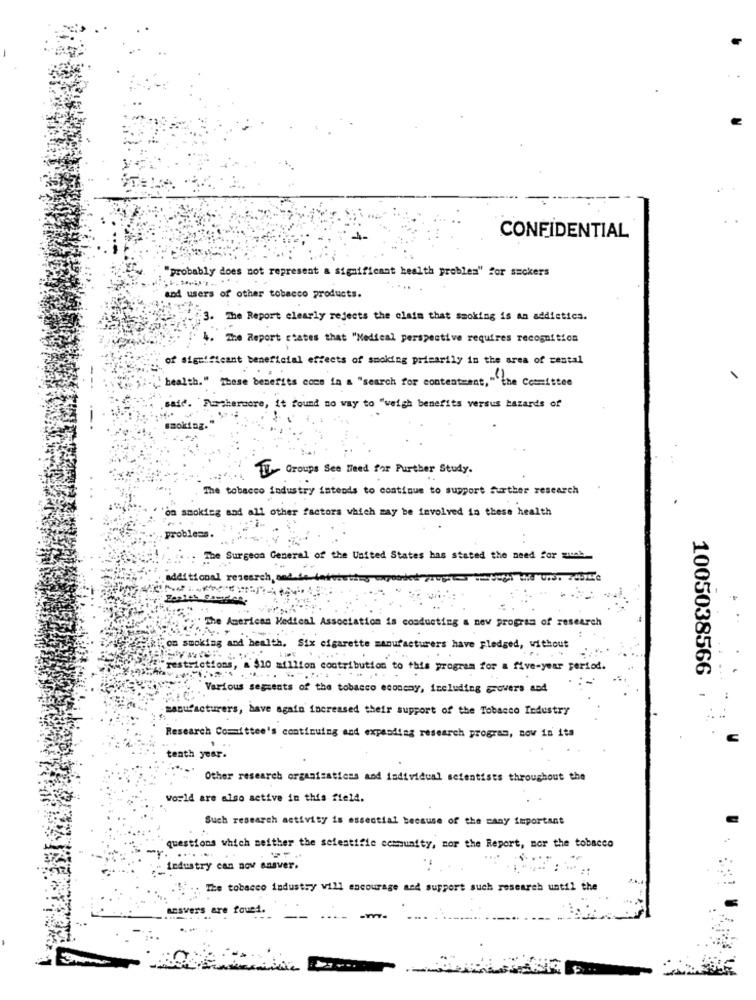
CONFIDENTIAL
probably does not represent a significant health problem" for smokers
and users of other tobacco products.
3. The Report clearly rejects the claim that smoking is An addictics.
4. The Report states that "Medical perspective requires recognition
of significant beneficial effects of smoking primarily in the area of rental
health." These benefits come in a "search for contentment,""the Committee
said. Furthermore, it found no way to "weigh benefits versus hazards of
smoking."
1. Groups See Need for Further Study.
The tobacco industry intends to continue to support further research
on smoking and all other factors which may be involved in these health
problems.
..: The Surgeon General of the United States has stated the need for muah
additional research,
Got The American Medical Association is conducting a nev program of research
om smoking and health, Six cigarette manufacturers have Fledged, without
"restrictions, a $10 million contribution to this program for a five-year period.
1005038566
Various segments of the tobacco economy, including growers and
manufacturers, have again increased their support of the Tobacco Industry
Research Committee's continuing and expanding research program, now in ita
tenth year.
Other research organisations and individual scientists throughout the
World are also active in this field.
Such research activity is essential because of the sany important
questions which neither the sefestifie community, mor the Report, nor the tobacco
mr.
" industry can now ansver.
The tobacco industry will encourage and support such research until the
Lesvers are found.